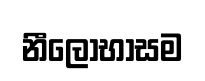
නීලොභාසම